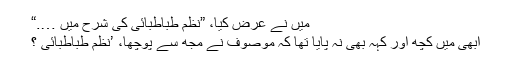
میں نے عرض کیا، ”نظم طباطبائی کی شرح میں ….“
ابھی میں کچھ اور کہہ بھی نہ پایا تھا کہ موصوف نے مجھ سے پوچھا، ’نظم طباطبائی ؟